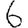
Digit: 6